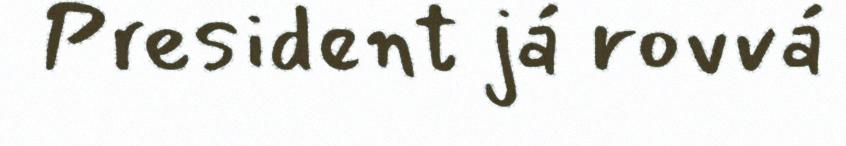
President já rovvá